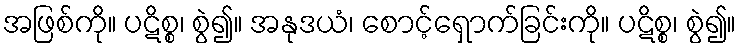
အဖြစ်ကို။ ပဋိစ္စ၊ စွဲ၍။ အနုဒယံ၊ စောင့်ရှောက်ခြင်းကို။ ပဋိစ္စ၊ စွဲ၍။